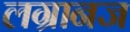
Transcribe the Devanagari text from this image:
लग्रानज